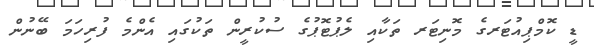
ޑީ ކޮމްޕިއުޓަރގެ މޮނިޓަރ ތަކާއި ލެޕުޓޮޕުގެ ސުކުރީން ތަކުގައި އެންމެ ފުރިހަމަ ބޭނުން